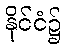
နိုင်ငံ၌